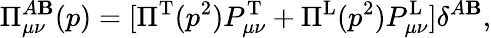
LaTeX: \Pi_{\mu\nu}^{A\mathbf{B}}(p)=[\Pi^{\mathrm{{T}}}(p^{2})P_{\mu\nu}^{\mathrm{{T}}}+\Pi^{\mathrm{{L}}}(p^{2})P_{\mu\nu}^{\mathrm{{L}}}]\delta^{A\mathbf{B}},